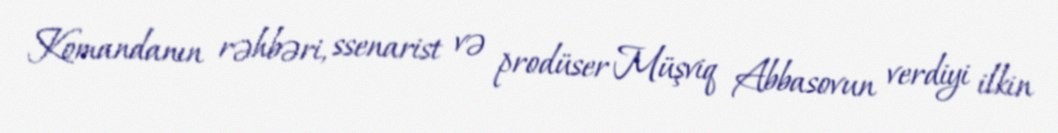
Komandanın rəhbəri, ssenarist və prodüser Müşviq Abbasovun verdiyi ilkin